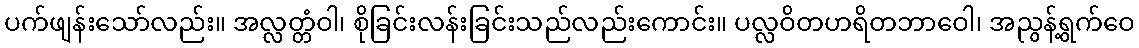
ပက်ဖျန်းသော်လည်း။ အလ္လတ္တံဝါ၊ စိုခြင်းလန်းခြင်းသည်လည်းကောင်း။ ပလ္လဝိတဟရိတဘာဝေါ၊ အညွန့်ရွက်ဝေ